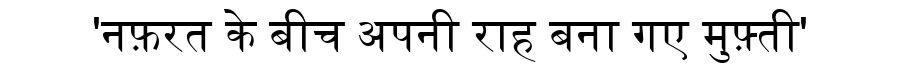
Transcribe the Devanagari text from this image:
'नफ़रत के बीच अपनी राह बना गए मुफ़्ती'